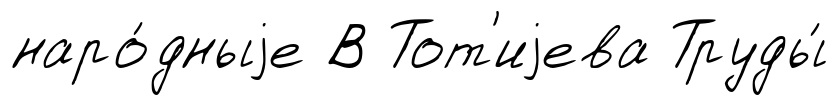
наро́дныjе В Тот'иjева Труды́